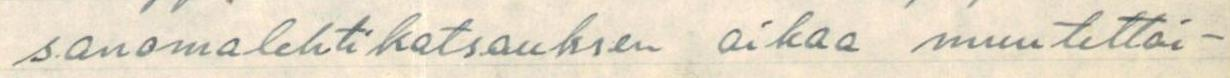
sanomalehtikatsauksen aikaa muutettai-